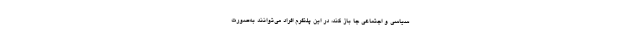
سیاسی و اجتماعی جا باز کند، در این پلتفرم افراد می‌توانند به‌صورت